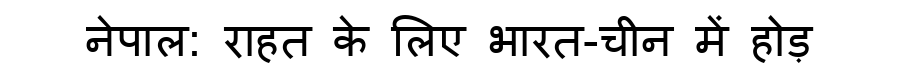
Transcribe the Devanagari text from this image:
नेपाल: राहत के लिए भारत-चीन में होड़